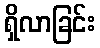
ရှိလာခြင်း